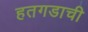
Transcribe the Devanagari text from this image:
हतगडाची